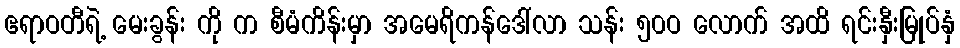
ဧရာဝတီရဲ့ မေးခွန်း ကို က စီမံကိန်းမှာ အမေရိကန်ဒေါ်လာ သန်း ၅၀ဝ လောက် အထိ ရင်းနှီးမြုပ်နှံ